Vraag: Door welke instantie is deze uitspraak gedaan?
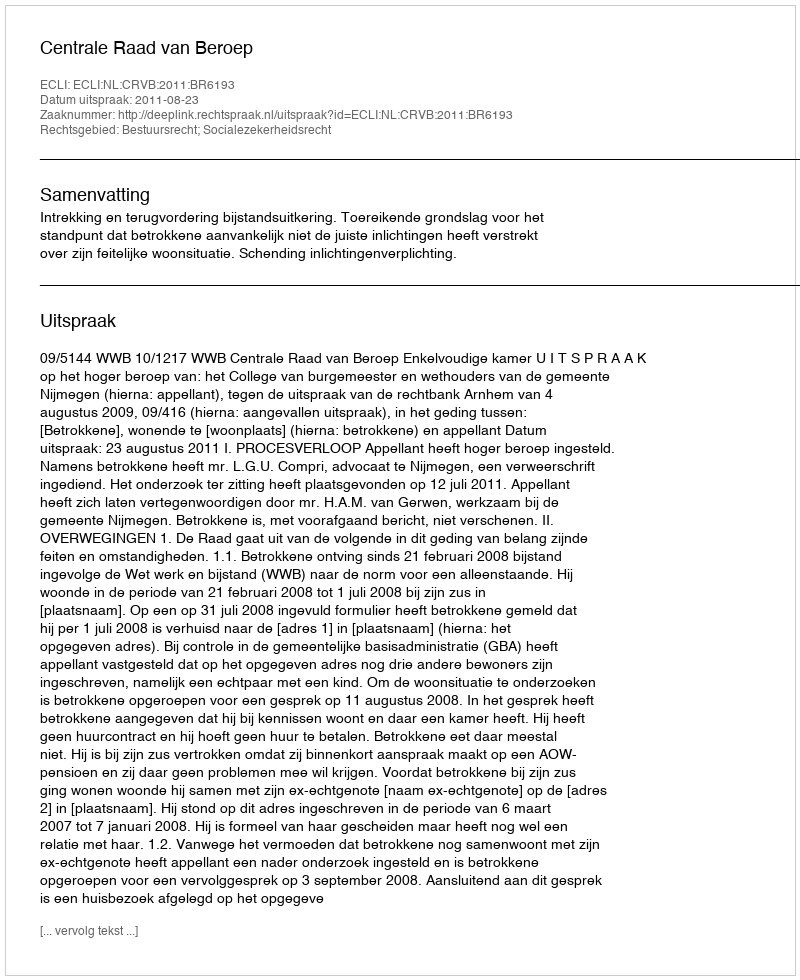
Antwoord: Centrale Raad van Beroep